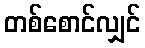
တစ်စောင်လျှင်